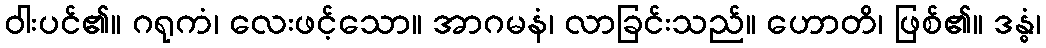
ဝါးပင်၏။ ဂရုကံ၊ လေးဖင့်သော။ အာဂမနံ၊ လာခြင်းသည်။ ဟောတိ၊ ဖြစ်၏။ ဒန္ဓံ၊